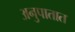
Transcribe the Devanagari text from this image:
अनुपातात